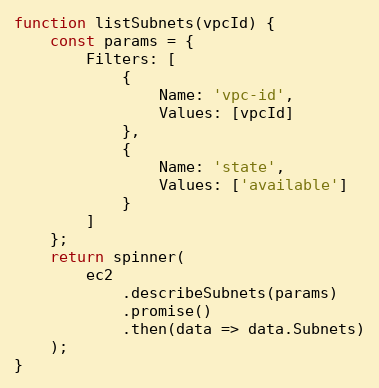
Language: JavaScript
function listSubnets(vpcId) {
    const params = {
        Filters: [
            {
                Name: 'vpc-id',
                Values: [vpcId]
            },
            {
                Name: 'state',
                Values: ['available']
            }
        ]
    };
    return spinner(
        ec2
            .describeSubnets(params)
            .promise()
            .then(data => data.Subnets)
    );
}